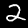
Digit: 2